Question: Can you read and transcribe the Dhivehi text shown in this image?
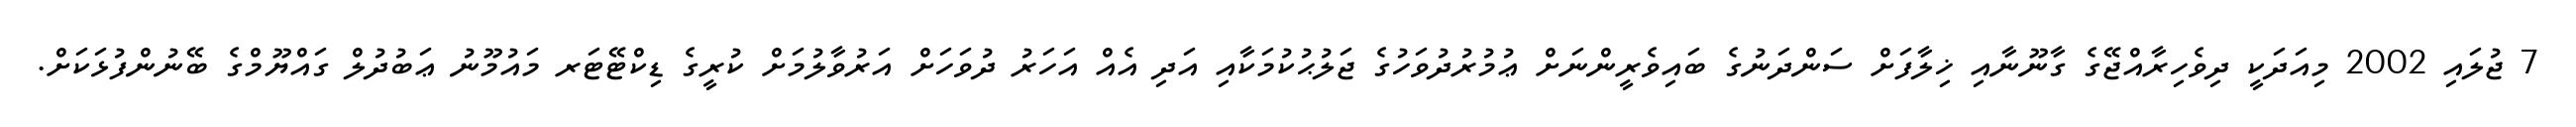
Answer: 7 ޖުލައި 2002 މިއަދަކީ ދިވެހިރާއްޖޭގެ ގާނޫނާއި ޚިލާފަށް ސަންދަނުގެ ބައިވެރީންނަށް ޢުމުރުދުވަހުގެ ޖަލުޙުކުމަކާއި އަދި އެއް އަހަރު ދުވަހަށް އަރުވާލުމަށް ކުރީގެ ޑިކްޓޭޓަރ މައުމޫނު ޢަބުދުލް ގައްޔޫމްގެ ބޭނުންފުޅަކަށް.